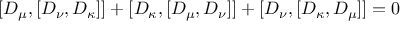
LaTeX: [ D _ { \mu } , [ D _ { \nu } , D _ { \kappa } ] ] + [ D _ { \kappa } , [ D _ { \mu } , D _ { \nu } ] ] + [ D _ { \nu } , [ D _ { \kappa } , D _ { \mu } ] ] = 0